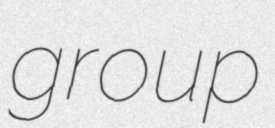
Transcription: group